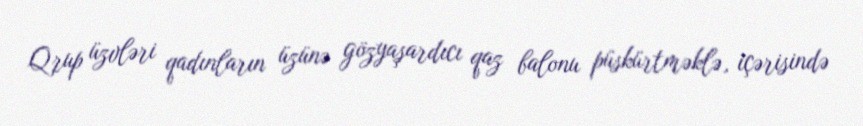
Qrup üzvləri qadınların üzünə gözyaşardıcı qaz balonu püskürtməklə, içərisində